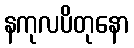
နကုလပိတုနော